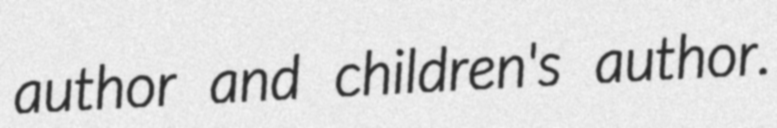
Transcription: author and children's author.